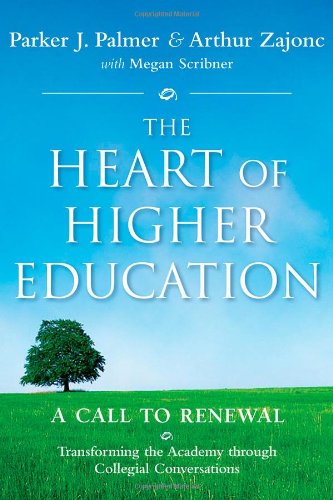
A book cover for The Heart of Higher Education: A Call to Renewal; Parker J. Palmer; Education & Teaching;